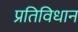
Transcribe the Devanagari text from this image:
प्रतिविधान